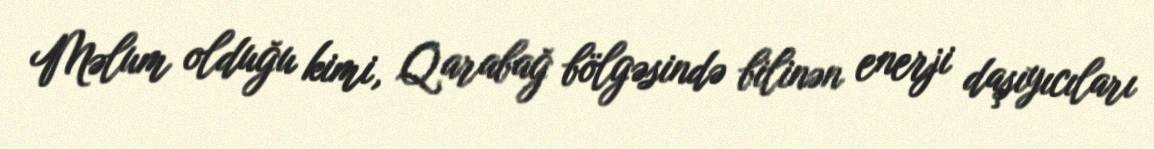
Məlum olduğu kimi, Qarabağ bölgəsində bilinən enerji daşıyıcıları